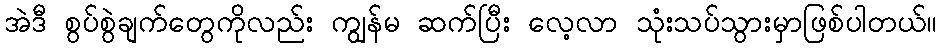
အဲဒီ စွပ်စွဲချက်တွေကိုလည်း ကျွန်မ ဆက်ပြီး လေ့လာ သုံးသပ်သွားမှာဖြစ်ပါတယ်။